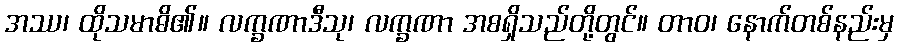
အဿ၊ ထိုသမာဓိ၏။ လက္ခဏာဒီသု၊ လက္ခဏာ အစရှိသည်တို့တွင်။ တာဝ၊ နောက်တစ်နည်းမှ